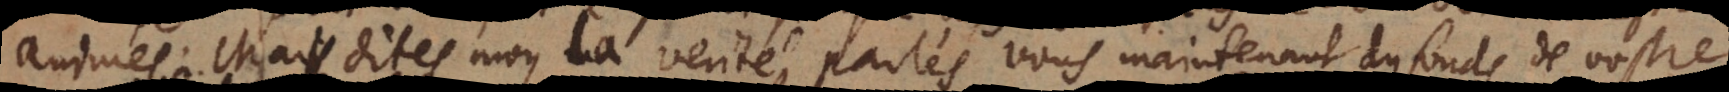
animés. Mais dites-moy la verité, parlés-vous maintenant du fonds de vostre